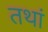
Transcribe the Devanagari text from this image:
तथां